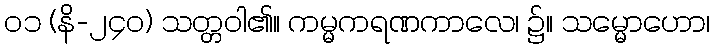
၀၁ (နိ-၂၄၀) သတ္တဝါ၏။ ကမ္မကရဏကာလေ၊ ၌။ သမ္မောဟော၊